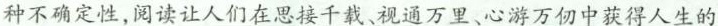
种不确定性，阅读让人们在思接千载、视通万里、心游万仞中获得人生的